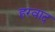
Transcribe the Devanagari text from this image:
हरवाद